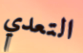
التعدي